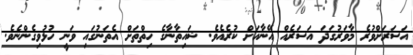
އަސަރަށްވުރެ މާވަރުގަދަ އަސަރެއް އޭނާއަށް ކުރެއެވެ. ޝައިތާނާގެ ހިތްތަށް އެތަނުގައި ވަނީ ހުޅުވިގެންނެވެ.